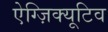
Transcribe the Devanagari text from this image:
ऐग्ज़िक्यूटिव